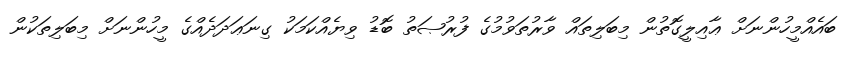
ބައެއްމީހުންނަށް ޢާއިލީގޮތުން މިބަލިތައް ވާރުތަވުމުގެ ފުރުޞަތު ބޮޑު ވިޔެއްކަމަކު ގިނަޢަދަދެއްގެ މީހުންނަށް މިބަލިތަކުން